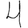
Digit: 4